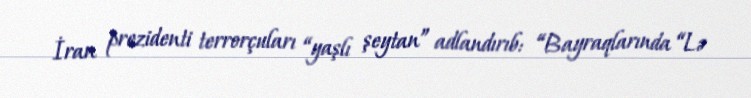
İran prezidenti terrorçuları “yaşlı şeytan” adlandırıb: “Bayraqlarında “Lə